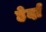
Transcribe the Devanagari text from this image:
हेर्दा